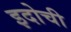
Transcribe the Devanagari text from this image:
इदोची